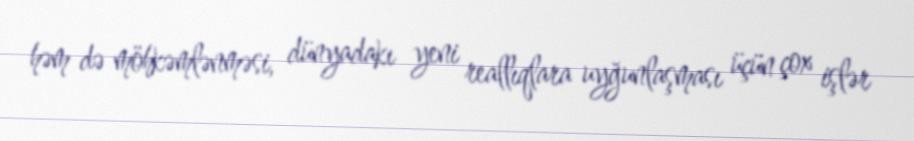
həm də möhkəmlənməsi, dünyadakı yeni reallıqlara uyğunlaşması üçün çox işlər